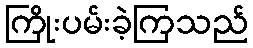
ကြိုးပမ်းခဲ့ကြသည်